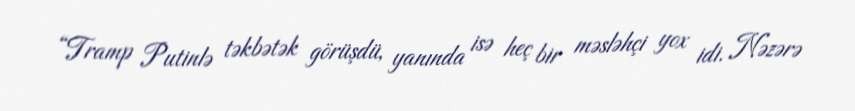
“Tramp Putinlə təkbətək görüşdü, yanında isə heç bir məsləhçi yox idi. Nəzərə